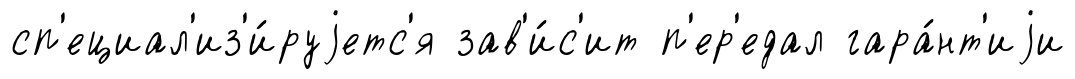
сп'ециал'из'и́руjетс'я зав'и́с'ит п'ер'едал гара́нт'иjи